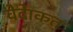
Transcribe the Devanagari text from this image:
वेदेाकत